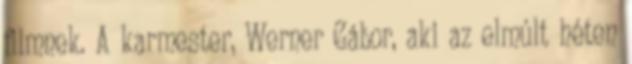
filmnek. A karmester, Werner Gábor, aki az elmúlt héten